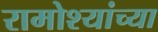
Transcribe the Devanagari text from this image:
रामोश्यांच्या